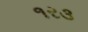
૧ર૩